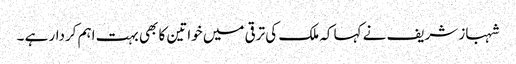
شہباز شریف نے کہا کہ ملک کی ترقی میں خواتین کا بھی بہت اہم کردار ہے ۔